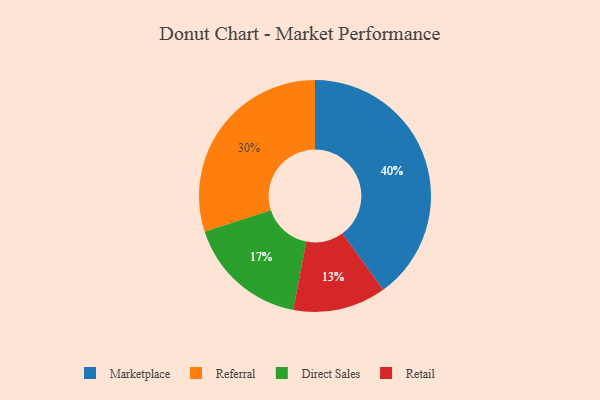
{"axis": {"x": "Category", "y": "Percentage"}, "legend": ["Direct Sales", "Marketplace", "Referral", "Retail"], "data": [{"x": "Retail", "y": 13, "type": "Retail"}, {"x": "Referral", "y": 30, "type": "Referral"}, {"x": "Marketplace", "y": 40, "type": "Marketplace"}, {"x": "Direct Sales", "y": 17, "type": "Direct Sales"}]}